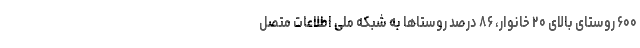
۶۰۰ روستای بالای ۲۰ خانوار، ۸۶ درصد روستاها به شبکه ملی اطلاعات متصل